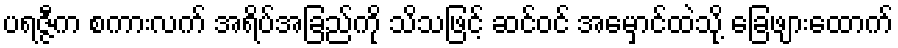
ပရဇ္ဇီက စကားလက် အရိပ်အခြည်ကို သိသဖြင့် ဆင်ဝင် အမှောင်ထဲသို့ ခြေဖျားထောက်